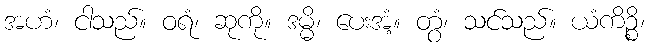
အဟံ၊ ငါသည်။ ဝရံ၊ ဆုကို။ ဒမ္မိ၊ ပေးအံ့။ တွံ၊ သင်သည်။ ယံကိဉ္စိ၊